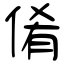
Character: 倄